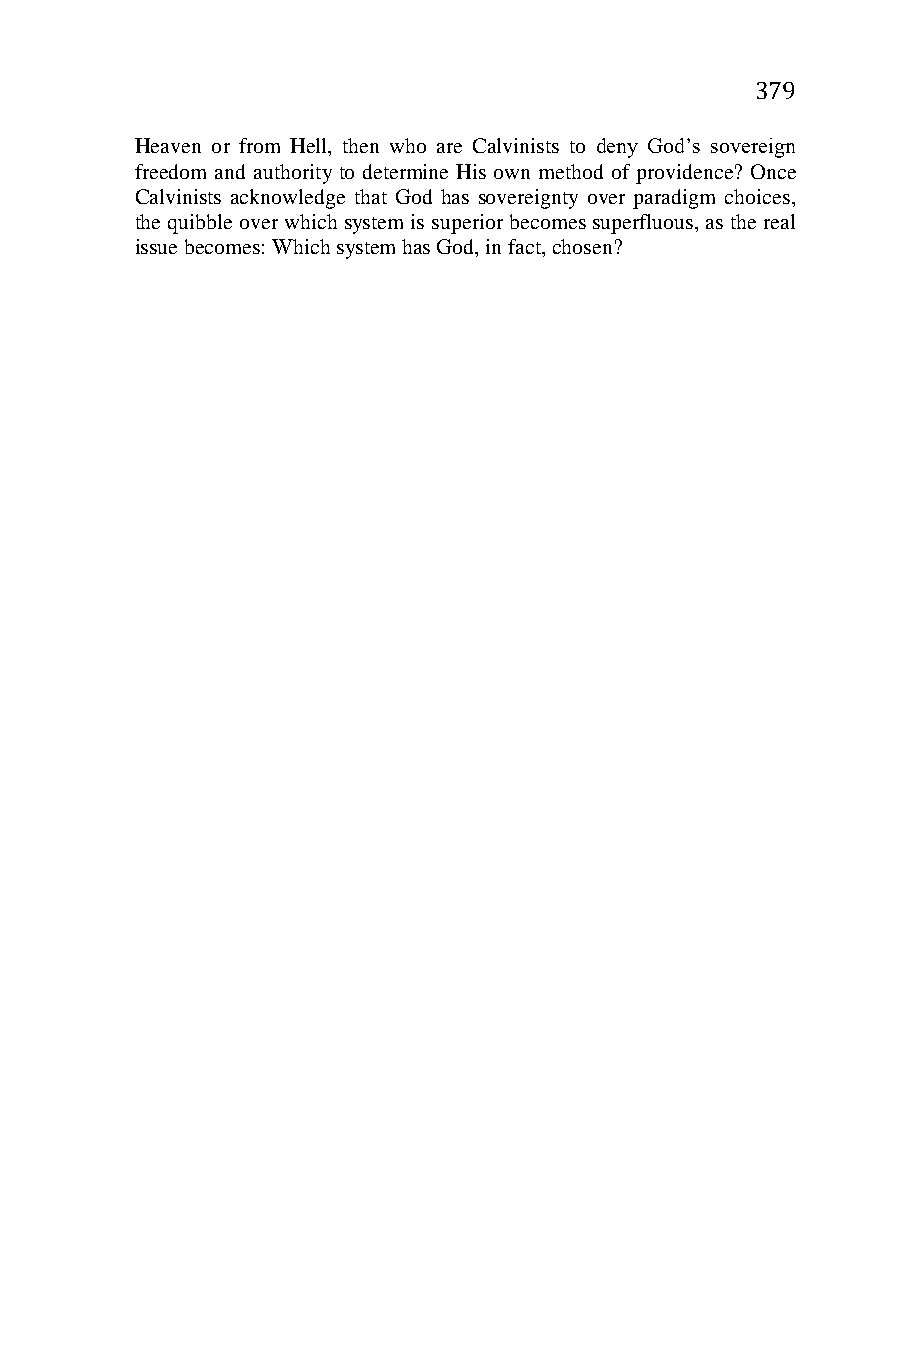
379
 Heaven or from Hell, then who are Calvinists to deny God’s sovereign
 freedom and authority to determine His own method of providence? Once
 Calvinists acknowledge that God has sovereignty over paradigm choices,
 the quibble over which system is superior becomes superfluous, as the real
 issue becomes: Which system has God, in fact, chosen?